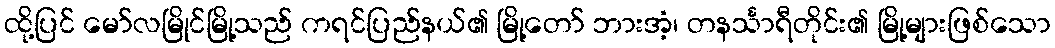
ထို့ပြင် မော်လမြိုင်မြို့သည် ကရင်ပြည်နယ်၏ မြို့တော် ဘားအံ့၊ တနင်္သာရီတိုင်း၏ မြို့များဖြစ်သော